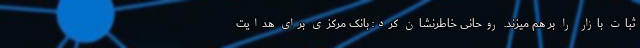
ثبات بازار را بر هم میزند. روحانی خاطرنشان کرد: بانک مرکزی برای هدایت